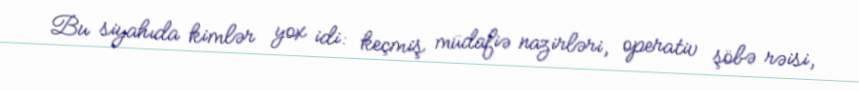
Bu siyahıda kimlər yox idi: keçmiş müdafiə nazirləri, operativ şöbə rəisi,